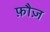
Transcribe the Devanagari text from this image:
फ़ौज़